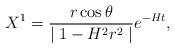
LaTeX: \begin{align*}X^1=\frac{r\cos\theta}{\mid 1-H^2r^2\mid}e^{-Ht},\end{align*}